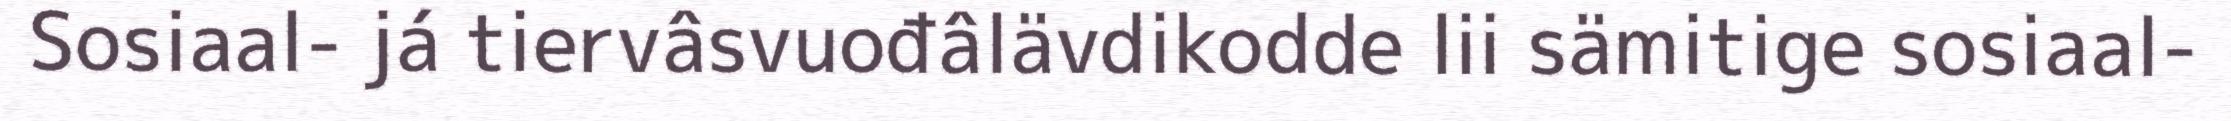
Sosiaal- já tiervâsvuođâlävdikodde lii sämitige sosiaal-